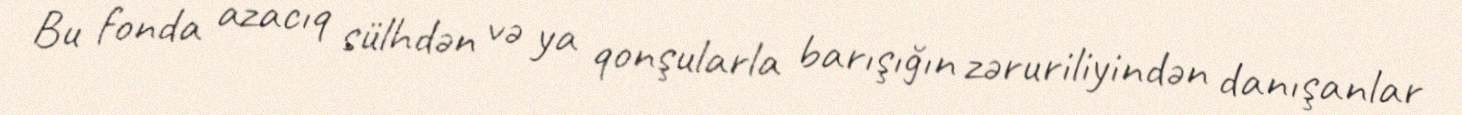
Bu fonda azacıq sülhdən və ya qonşularla barışığın zəruriliyindən danışanlar